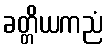
ခတ္တိယကညံ